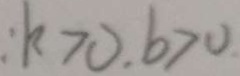
: k > 0 , b > 0